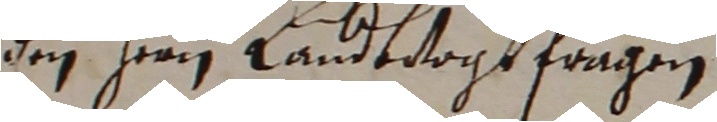
den herren landtvogt fragen